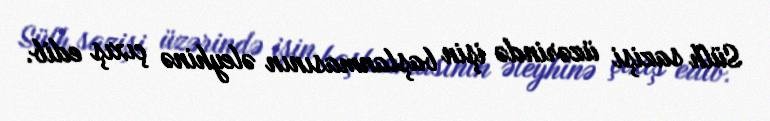
Sülh sazişi üzərində işin başlanmasının əleyhinə çıxış edib.